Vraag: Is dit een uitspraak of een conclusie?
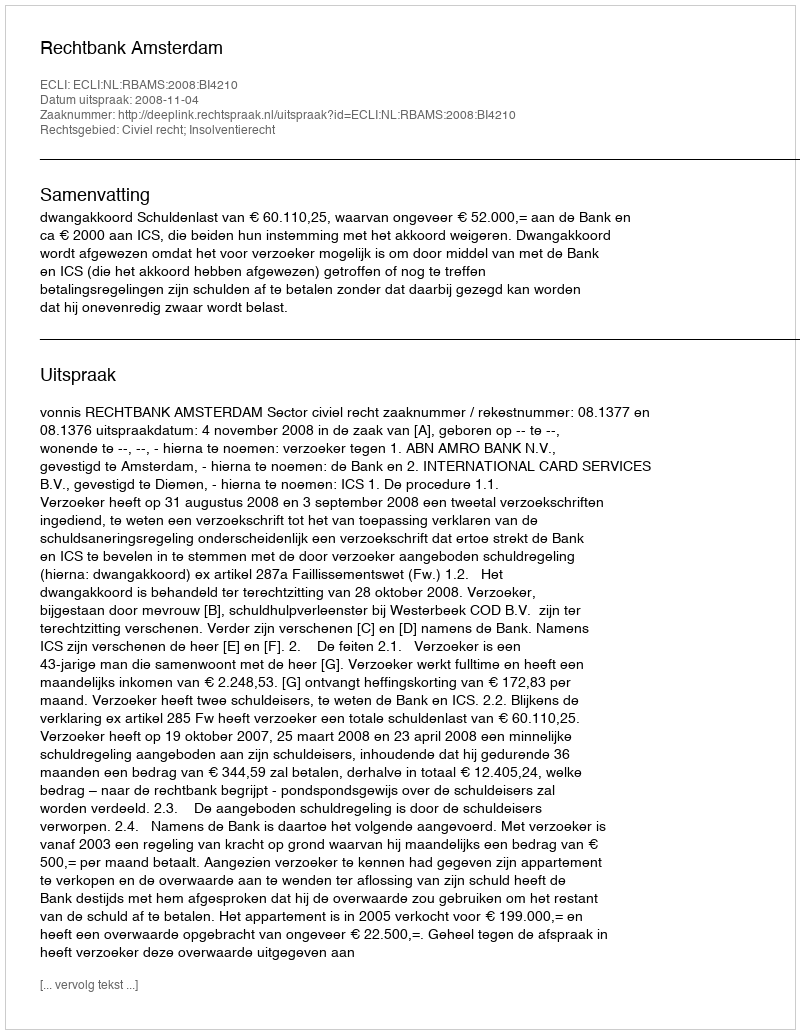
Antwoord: Uitspraak